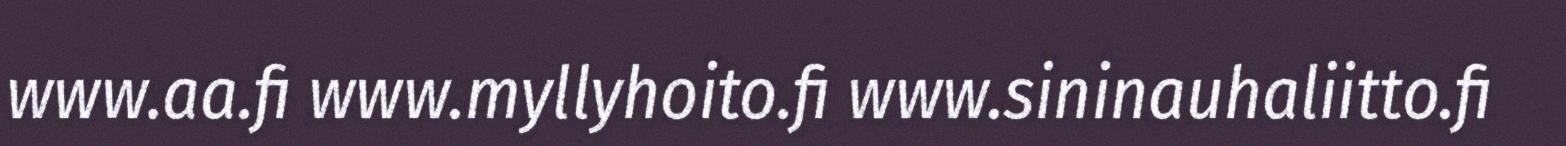
www.aa.fi www.myllyhoito.fi www.sininauhaliitto.fi